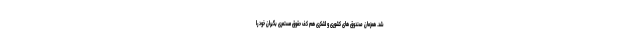
شد. همزمان صندوق های کشوری و لشکری هم کف حقوق مستمری بگیران خود را